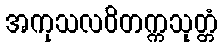
အကုသလဝိတက္ကသုတ္တံ